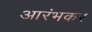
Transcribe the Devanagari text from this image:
आरंभकर